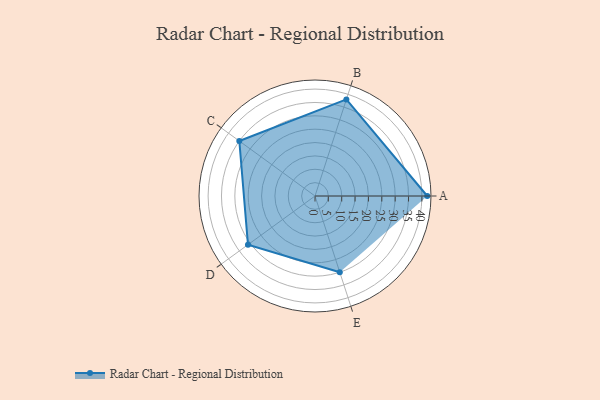
{"axis": {"x": "Skill", "y": "Score"}, "legend": ["Profile"], "data": [{"x": "A", "y": 42.0, "type": "Profile"}, {"x": "B", "y": 38.0, "type": "Profile"}, {"x": "C", "y": 35.0, "type": "Profile"}, {"x": "D", "y": 31.0, "type": "Profile"}, {"x": "E", "y": 30.0, "type": "Profile"}]}